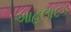
આહલાદક